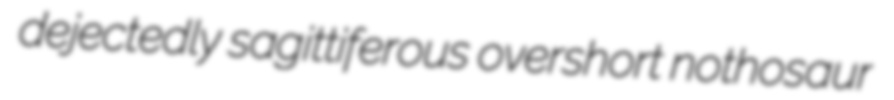
dejectedly sagittiferous overshort nothosaur